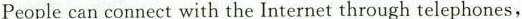
People can connect with the Internet through telephones,